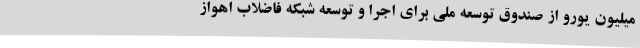
میلیون یورو از صندوق توسعه ملی برای اجرا و توسعه شبکه فاضلاب اهواز